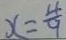
x = \frac { 4 } { 9 }